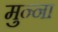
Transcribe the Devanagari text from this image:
मुन्‍ना